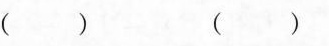
（）（）